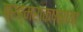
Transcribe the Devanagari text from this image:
ब्रह्मराक्षसाचा